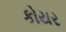
કોયર